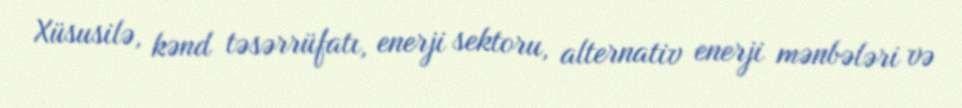
Xüsusilə, kənd təsərrüfatı, enerji sektoru, alternativ enerji mənbələri və